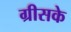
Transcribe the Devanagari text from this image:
ग्रीसके